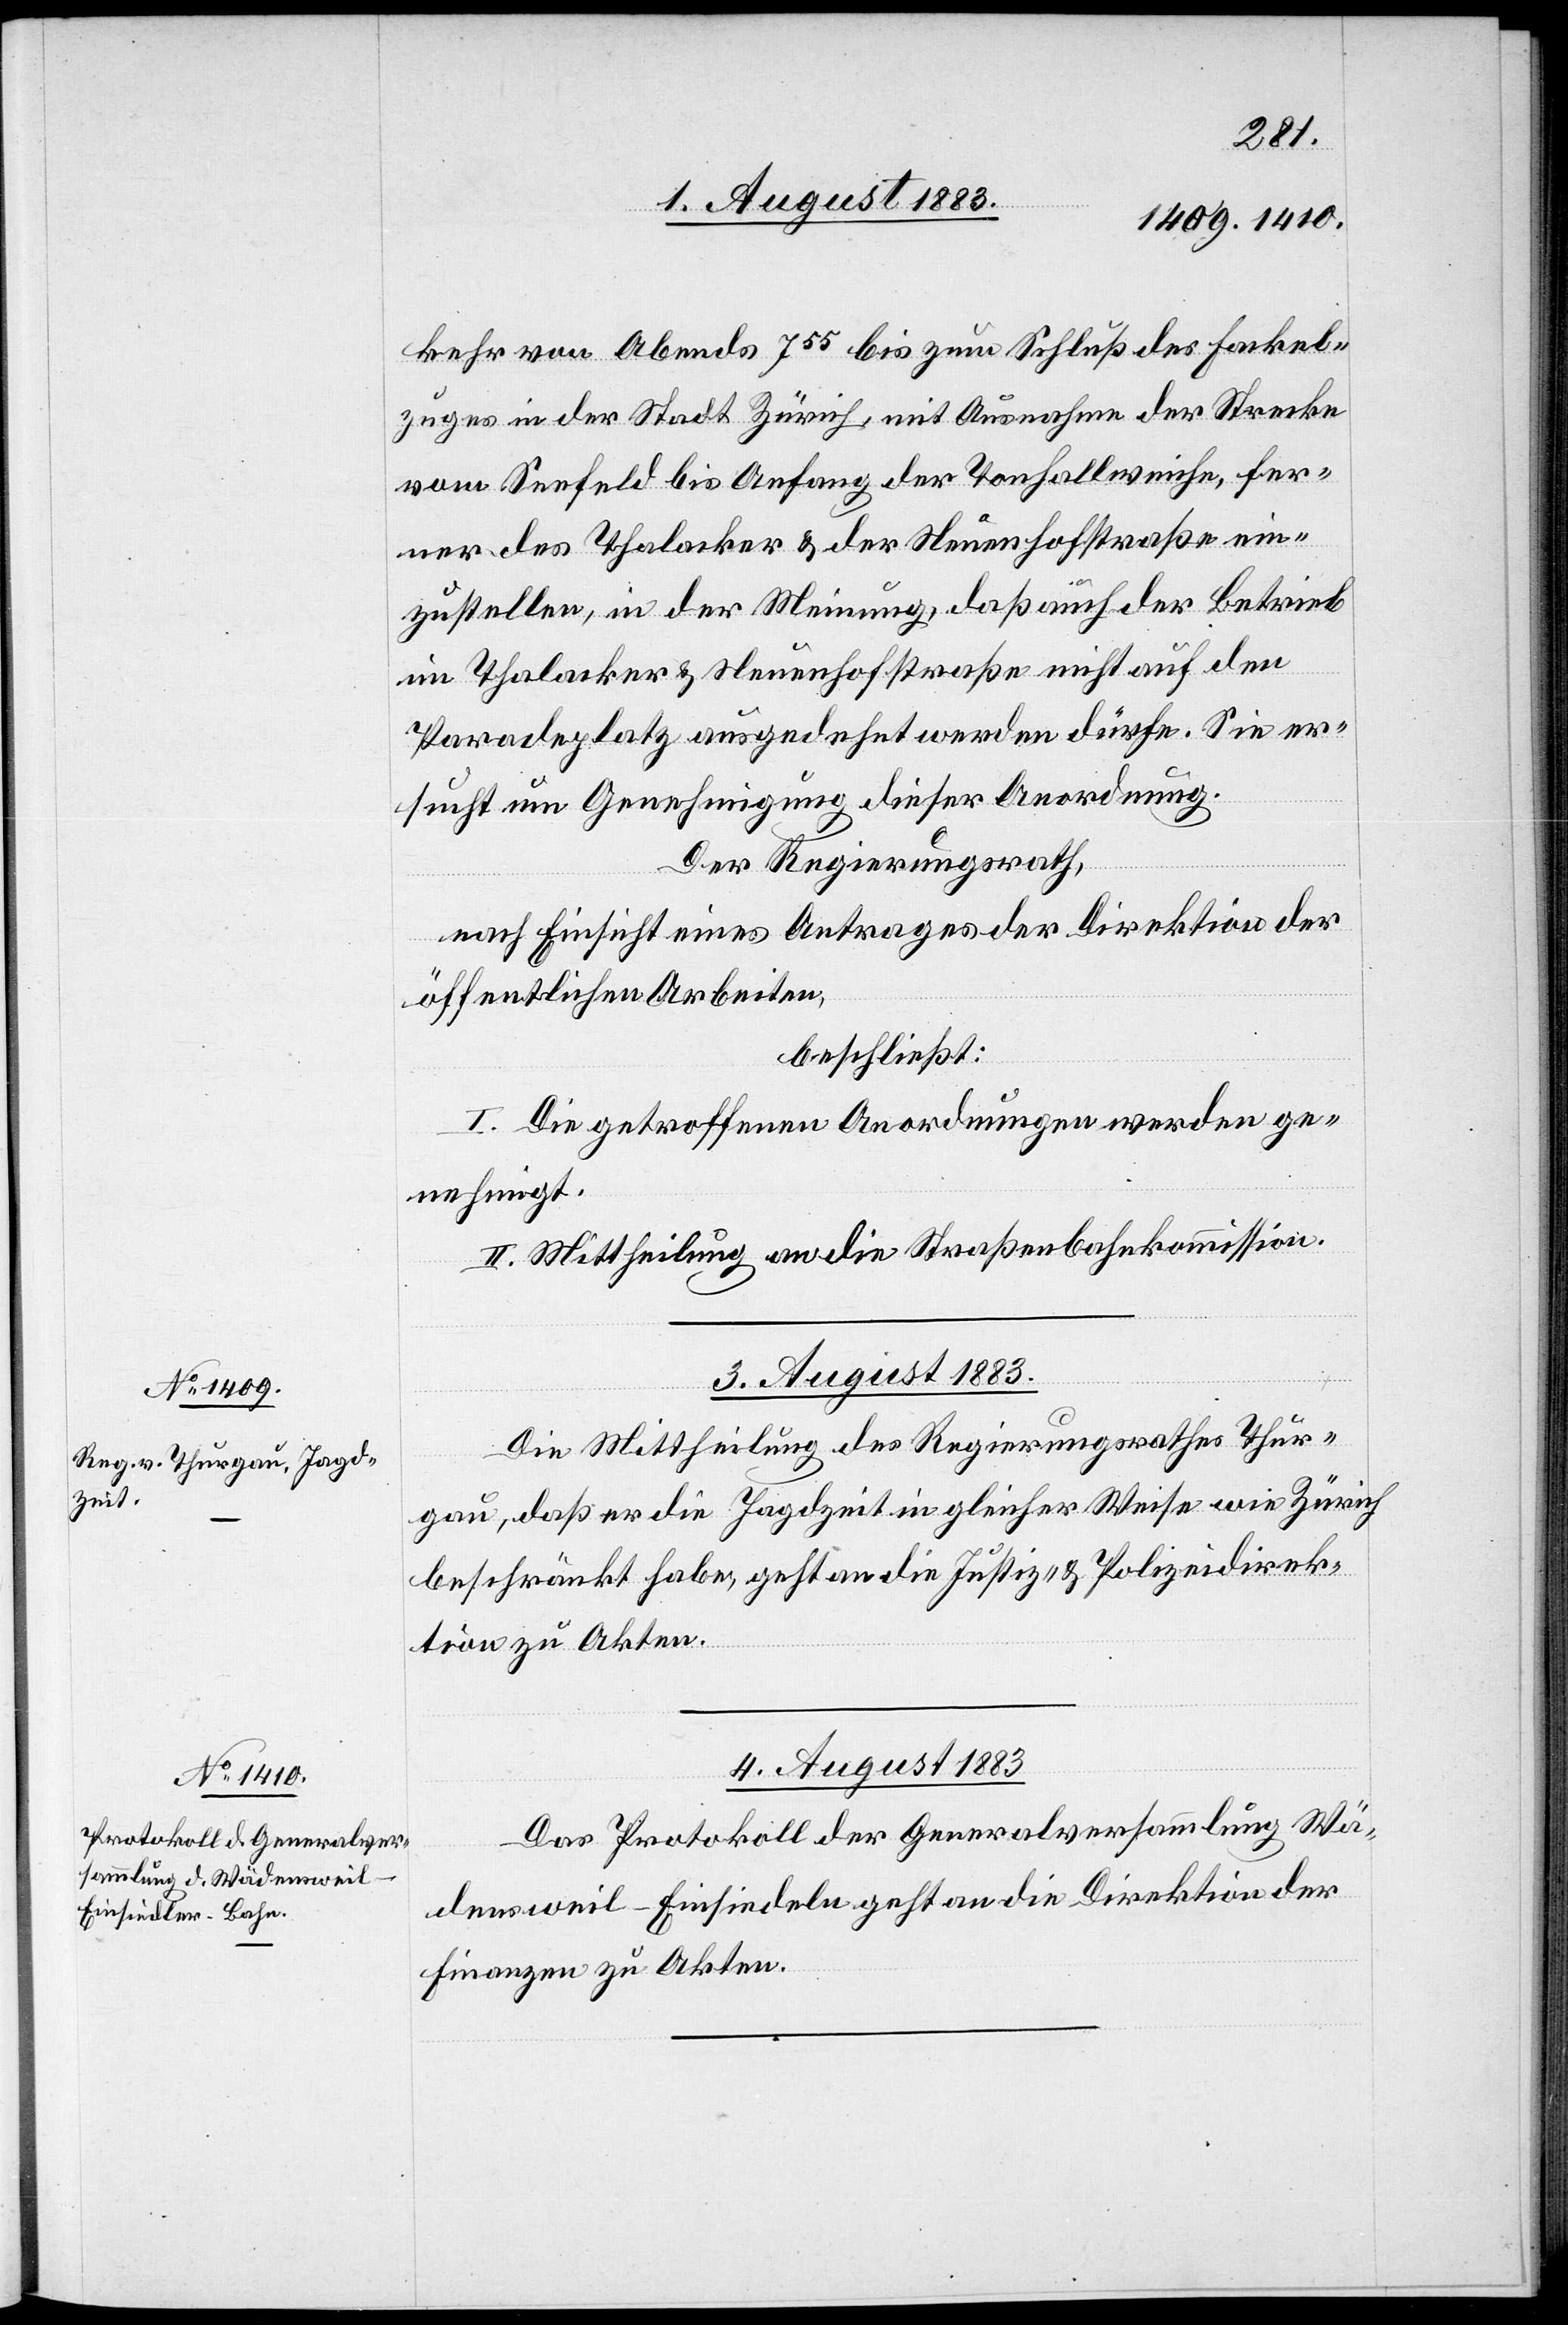
kehr von Abends 755 bis zum Schluß des Fackel¬
zuges in der Stadt Zürich, mit Ausnahme der Strecke
vom Seefeld bis Anfang der Tonhallweiche, fer¬
ner des Thalacker & der Neuenhofstraße Ein¬
zustellen, in der Meinung, daß auch der Betrieb
im Thalacker & Neuenhofstraße nicht auf den
Paradeplatz ausgedehnt werden dürfe. Sie er¬
sucht um Genehmigung dieser Anordnung.
Der Regierungsrath,
nach Einsicht eines Antrages der Direktion der
öffentlichen Arbeiten,
beschließt:
I. Die getroffenen Anordnungen werden ge¬
nehmigt.
II. Mittheilung an die Straßenbahnkommission.
3. August 1883.
Die Mittheilung des Regierungsrathes Thur¬
gau, daß er die Jagdzeit in gleicher Weise wie Zürich
beschränkt habe, geht an die Justiz- & Polizeidirek¬
tion zu Akten.
4. August 1883.
Das Protokoll der Generalversammlung Wä¬
densweil–Einsiedeln geht an die Direktion der
Finanzen zu Akten.